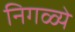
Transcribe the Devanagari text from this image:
निगळ्ये